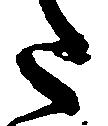
た